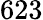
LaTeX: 623